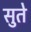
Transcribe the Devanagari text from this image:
सुते